Annual report on the working of the lock hospitals in the North-Western Provinces and Oudh
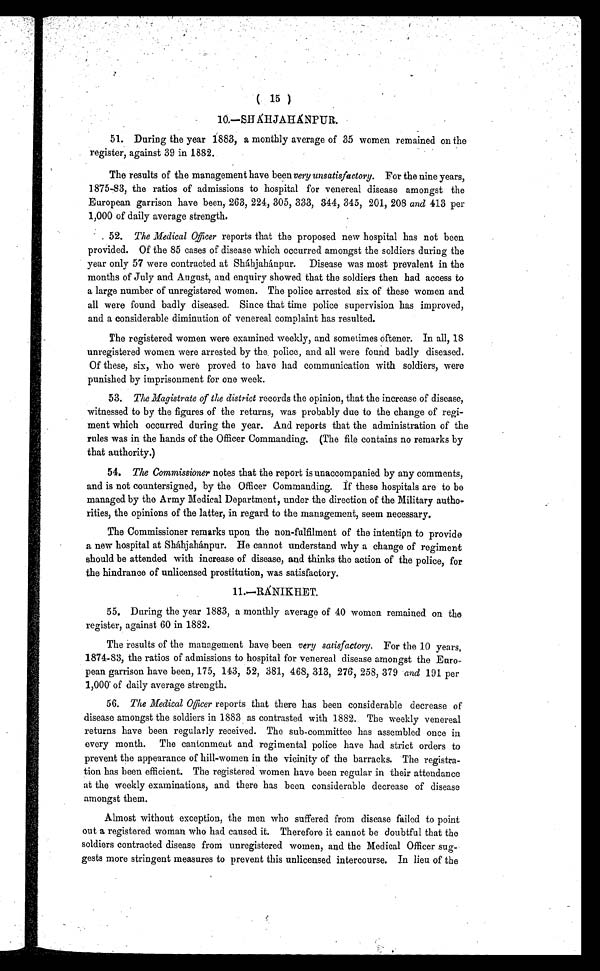
( 15 )
10.—SHÁHJAHÁNPUR.
51. During the year 1883, a monthly average of 35 women remained on the
register, against 39 in 1882.
The results of the management have been very unsatisfactory. For the nine years,
1875-83, the ratios of admissions to hospital for venereal disease amongst the
European garrison have been, 263, 224, 305, 333, 344, 345, 201, 208 and 413 per
1,000 of daily average strength.
52. The Medical Officer reports that the proposed new hospital has not been
provided. Of the 85 cases of disease which occurred amongst the soldiers during the
year only 57 were contracted at Sháhjahánpur. Disease was most prevalent in the
months of July and August, and enquiry showed that the soldiers then had access to
a large number of unregistered women. The police arrested six of these women and
all were found badly diseased. Since that time police supervision has improved,
and a considerable diminution of venereal complaint has resulted.
The registered women were examined weekly, and sometimes oftener. In all, 18
unregistered women were arrested by the police, and all were found badly diseased.
Of these, six, who were proved to have had communication with soldiers, were
punished by imprisonment for one week.
53. The Magistrate of the district records the opinion, that the increase of disease,
witnessed to by the figures of the returns, was probably due to the change of regi-
ment which occurred during the year. And reports that the administration of the
rules was in the hands of the Officer Commanding. (The file contains no remarks by
that authority.)
54. The Commissioner notes that the report is unaccompanied by any comments,
and is not countersigned, by the Officer Commanding. If these hospitals are to be
managed by the Army Medical Department, under the direction of the Military autho-
rities, the opinions of the latter, in regard to the management, seem necessary.
The Commissioner remarks upon the non-fulfilment of the intentipn to provide
a new hospital at Sháhjahánpur. He cannot understand why a change of regiment
should be attended with increase of disease, and thinks the action of the police, for
the hindrance of unlicensed prostitution, was satisfactory.
11.—RÁNIKHET.
55. During the year 1883, a monthly average of 40 women remained on the
register, against 60 in 1882.
The results of the management have been very satisfactory. For the 10 years,
1874-83, the ratios of admissions to hospital for venereal disease amongst the Euro-
pean garrison have been, 175, 143, 52, 381, 468, 313, 276, 258, 379 and 191 per
1,000 of daily average strength.
56. 56. The Medical Officer reports that there has been considerable decrease of
disease amongst the soldiers in 1883 as contrasted with 1882. The weekly venereal
returns have been regularly received. The sub-committee has assembled once in
every month. The cantonment and regimental police have had strict orders to
prevent the appearance of hill-women in the vicinity of the barracks. The registra-
tion has been efficient. The registered women have been regular in their attendance
at the weekly examinations, and there has been considerable decrease of disease
amongst them.
Almost without exception, the men who suffered from disease failed to point
out a registered woman who had caused it. Therefore it cannot be doubtful that the
soldiers contracted disease from unregistered women, and the Medical Officer sug-
gests more stringent measures to prevent this unlicensed intercourse. In lieu of the